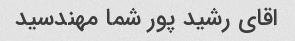
اقای رشید پور شما مهندسید